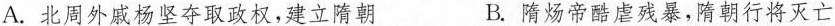
A.北周外戚杨坚夺取政权，建立隋朝 B.隋炀帝酷虐残暴，隋朝行将灭亡